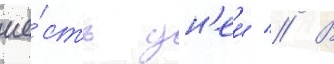
ше́сть дн'еи // В